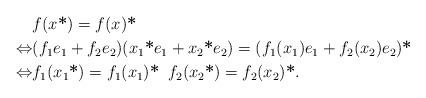
LaTeX: \begin{align*} \;\; &f(x\textbf*)=f(x)\textbf*\\ \Leftrightarrow & (f_1e_1+f_2e_2)(x_1\textbf*e_1+x_2\textbf*e_2)=(f_1(x_1)e_1+f_2(x_2)e_2)\textbf*\\\Leftrightarrow & f_1(x_1\textbf*)= f_1(x_1)\textbf*\;\; f_2(x_2\textbf*)= f_2(x_2)\textbf*.\end{align*}